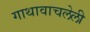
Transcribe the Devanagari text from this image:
गाथावाचलेली